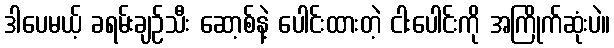
ဒါပေမယ့် ခရမ်းချဉ်သီး ဆော့စ်နဲ့ ပေါင်းထားတဲ့ ငါးပေါင်းကို အကြိုက်ဆုံးပဲ။